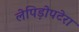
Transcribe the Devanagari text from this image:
लेपिड़ोपटेरा